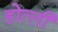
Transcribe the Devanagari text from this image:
होत्ली